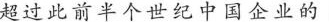
超过此前半个世纪中国企业的